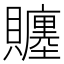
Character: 𧸳